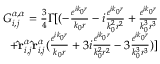
\begin{array} { r } { G _ { i , j } ^ { \alpha , \alpha } = \frac { 3 } { 4 } \Gamma [ ( - \frac { e ^ { i k _ { 0 } r } } { k _ { 0 } r } - i \frac { e ^ { i k _ { 0 } r } } { k _ { 0 } ^ { 2 } r ^ { 2 } } + \frac { e ^ { i k _ { 0 } r } } { k _ { 0 } ^ { 3 } r ^ { 3 } } } \\ { + \mathbf { \hat { r } } _ { i , j } ^ { \alpha } \mathbf { \hat { r } } _ { i , j } ^ { \alpha } ( \frac { e ^ { i k _ { 0 } r } } { k _ { 0 } r } + 3 i \frac { e ^ { i k _ { 0 } r } } { k _ { 0 } ^ { 2 } r ^ { 2 } } - 3 \frac { e ^ { i k _ { 0 } r } } { k _ { 0 } ^ { 3 } r ^ { 3 } } ) ] } \end{array}